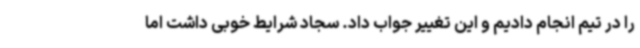
را در تیم انجام دادیم و این تغییر جواب داد. سجاد شرایط خوبی داشت اما